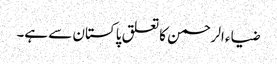
ضیاء الرحمن کا تعلق پاکستان سے ہے۔